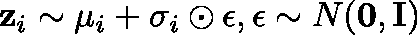
\mathbf { z } _ { i } \sim \mathbf { \mu } _ { i } + \mathbf { \sigma } _ { i } \odot \epsilon , { \epsilon } \sim N ( \mathbf { 0 } , \mathbf { I } )